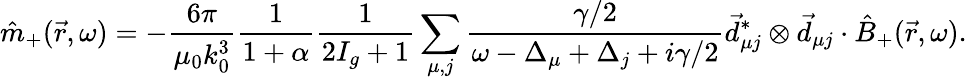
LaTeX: \hat{m}_{+}(\vec{r},\omega)=-\frac{6\pi}{\mu_{0}k_{0}^{3}}\frac{1}{1+\alpha}\frac{1}{2I_{g}+1}\sum_{\mu,j}\frac{\gamma/2}{\omega-\Delta_{\mu}+\Delta_{j}+i\gamma/2}\vec{d}_{\mu j}^{*}\otimes\vec{d}_{\mu j}\cdot\hat{B}_{+}(\vec{r},\omega).